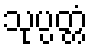
သုပ္ပတ္တံ